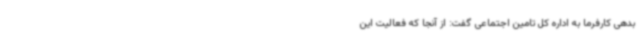
بدهی کارفرما به اداره کل تامین اجتماعی گفت: از آنجا که فعالیت این